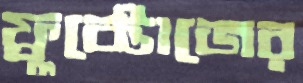
ফ্রুক্টোজের